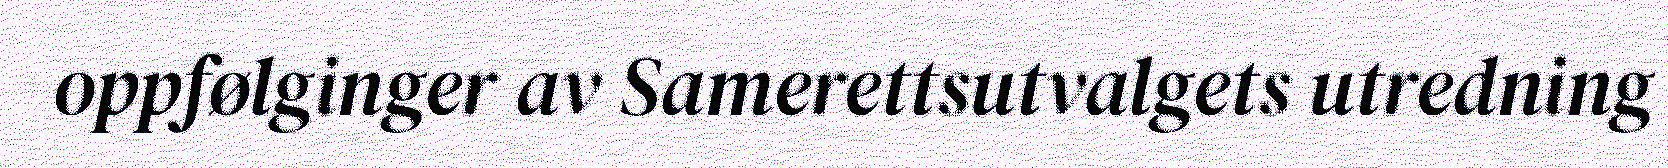
oppfølginger av Samerettsutvalgets utredning